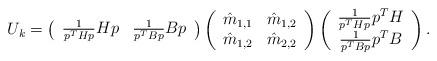
LaTeX: \begin{align*}U_k=\left(\begin{array}{ll} \frac{1}{p^T Hp}Hp & \frac{1}{p^T Bp}Bp\end{array} \right) \left(\begin{array}{cc} \hat{m}_{1,1} & \hat{m}_{1,2}\\\hat{m}_{1,2} & \hat{m}_{2,2}\end{array} \right)\left(\begin{array}{c} \frac{1}{p^T Hp}p^TH\\ \frac{1}{p^T Bp}p^TB \end{array} \right).\end{align*}